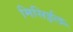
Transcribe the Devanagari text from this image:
मिसिईल